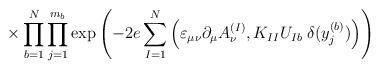
LaTeX: \begin{align*}\times \prod_{b=1}^N\prod_{j=1}^{m_b} \exp \left(- 2e \sum_{I=1}^N \Big( \varepsilon_{\mu \nu} \partial_\mu A^{(I)}_\nu,K_{I I} U_{I b} \; \delta(y_j^{(b)}) \Big) \right)\end{align*}